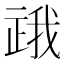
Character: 𬻪